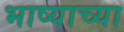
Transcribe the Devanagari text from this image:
भाष्याच्या